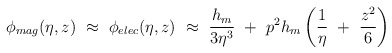
\begin{align*}\phi_{mag} (\eta,z) ~\approx~ \phi_{elec} (\eta,z) ~\approx~ \frac {h_{m}}{3 \eta^3} ~+~ p^2 h_{m} \left( \frac 1 \eta ~+~ \frac {z^2} 6 \right)\end{align*}